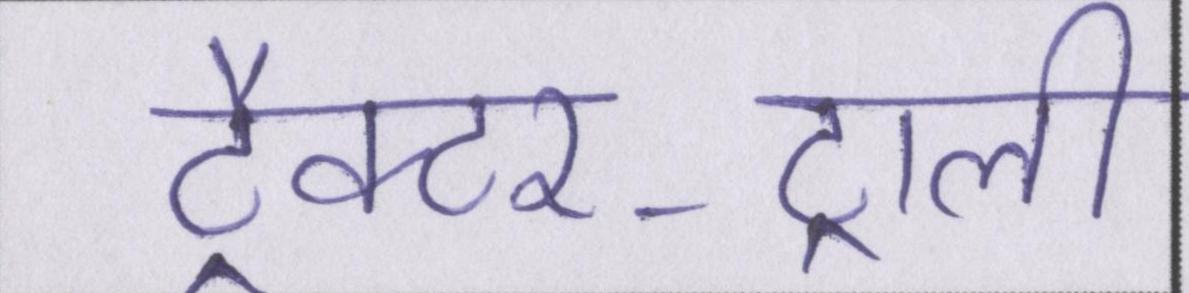
ट्रैक्टर-ट्राली